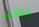
بعد